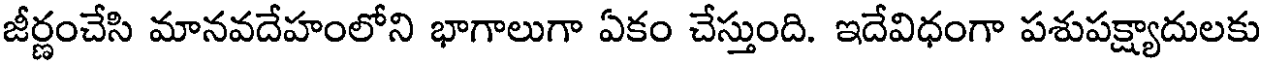
జీర్ణంచేసి మానవదేహంలోని భాగాలుగా ఏకం చేస్తుంది. ఇదేవిధంగా పశుపక్ష్యాదులకు